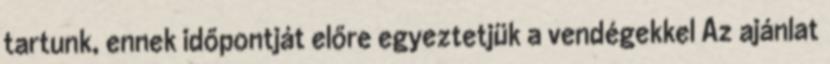
tartunk, ennek időpontját előre egyeztetjük a vendégekkel Az ajánlat